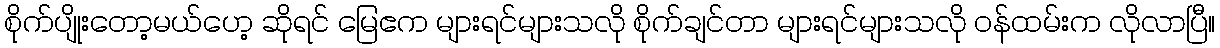
စိုက်ပျိုးတော့မယ်ဟေ့ ဆိုရင် မြေဧက များရင်များသလို စိုက်ချင်တာ များရင်များသလို ဝန်ထမ်းက လိုလာပြီ။